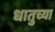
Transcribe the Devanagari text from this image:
धातुच्या